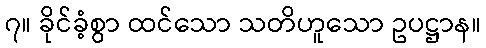
၇။ ခိုင်ခံ့စွာ ထင်သော သတိဟူသော ဥပဋ္ဌာန။